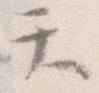
て